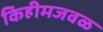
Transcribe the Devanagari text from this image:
किहीमजवळ